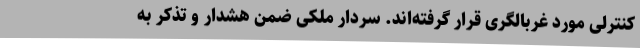
کنترلی مورد غربالگری قرار گرفته‌اند. سردار ملکی ضمن هشدار و تذکر به